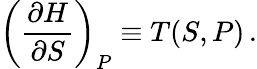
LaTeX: \left({\frac{\partial H}{\partial S}}\right)_{P}\equiv T(S,P)\, .